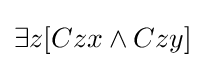
\exists z[Czx\land Czy]